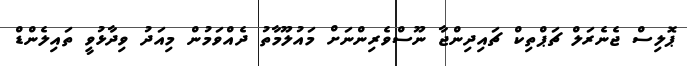
ޕޮލިސް ޖެނެރަލް ޗަޕްތިކް ޗައިދިންޖާ ނޫސްވެރިންނަށް މައުލޫމާތު ދެއްވަމުން މިއަދު ވިދާޅުވީ ތައިލެންޑް